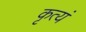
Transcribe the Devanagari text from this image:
कृत्यं